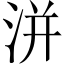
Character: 洴